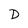
Character: D